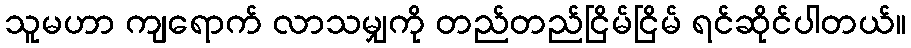
သူမဟာ ကျရောက် လာသမျှကို တည်တည်ငြိမ်ငြိမ် ရင်ဆိုင်ပါတယ်။